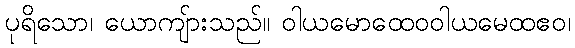
ပုရိသော၊ ယောကျ်ားသည်။ ဝါယမောထေဝဝါယမေထဧဝ၊